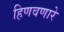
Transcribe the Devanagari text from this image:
हिणवणारे